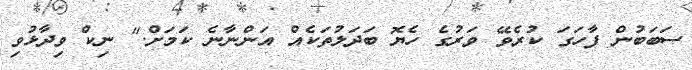
ސަބަބުން ފާހަގަ ކުރެވޭ ވަރުގެ ހެޔޮ ބަދަލުތަކެއް އަންނާނެ ކަމަށް." ނިކް ވިދާޅުވި